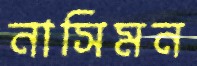
নাসিমন